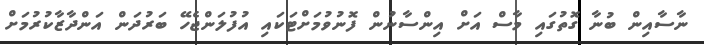
ނާސާއިން ބުނާ ގޮތުގައި މާސް އަށް އިންސާނުން ފޮނުވުމަށްޓަކައި އުފުލަންޖެހޭ ބަރުދަން އަންދާޒާކުރުމަށް